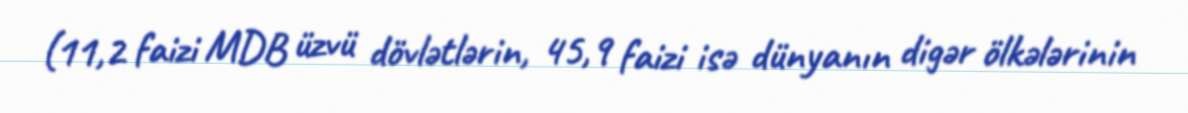
(11,2 faizi MDB üzvü dövlətlərin, 45,9 faizi isə dünyanın digər ölkələrinin